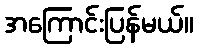
အကြောင်းပြန်မယ်။